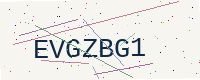
Text: EVGZBG1